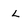
Character: L